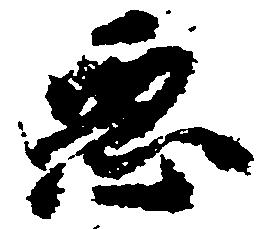
悪